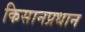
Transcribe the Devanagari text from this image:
किसानप्रधान